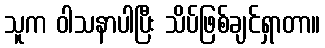
သူက ဝါသနာပါပြီး သိပ်ဖြစ်ချင်ရှာတာ။